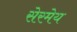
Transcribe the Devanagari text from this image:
सेरमेय